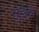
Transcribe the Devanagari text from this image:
टोडेम